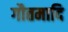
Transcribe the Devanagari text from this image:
गौतमादि